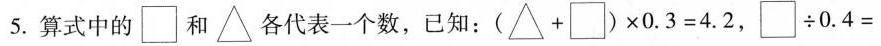
5. 算式中的 \Box 和 △ 各代表一个数，已知：$$( △ + \Box ) \times 0 . 3 = 4 . 2$$，$$\Box \div 0 . 4 =